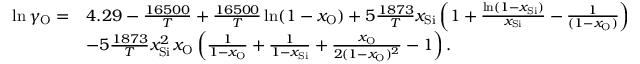
\begin{array} { r l } { \ln \gamma _ { \mathrm { O } } = } & { 4 . 2 9 - \frac { 1 6 5 0 0 } { T } + \frac { 1 6 5 0 0 } { T } \ln ( 1 - x _ { \mathrm { O } } ) + 5 \frac { 1 8 7 3 } { T } x _ { \mathrm { S i } } \left( 1 + \frac { \ln ( 1 - x _ { \mathrm { S i } } ) } { x _ { \mathrm { S i } } } - \frac { 1 } { ( 1 - x _ { \mathrm { O } } ) } \right) } \\ & { - 5 \frac { 1 8 7 3 } { T } x _ { \mathrm { S i } } ^ { 2 } \, x _ { \mathrm { O } } \left( \frac { 1 } { 1 - x _ { \mathrm { O } } } + \frac { 1 } { 1 - x _ { \mathrm { S i } } } + \frac { x _ { \mathrm { O } } } { 2 ( 1 - x _ { \mathrm { O } } ) ^ { 2 } } - 1 \right) . } \end{array}